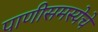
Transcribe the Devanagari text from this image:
पाणीसमस्येचे